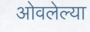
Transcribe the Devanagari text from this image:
ओवलेल्या